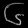
Digit: ၆